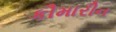
કૌમારીન